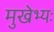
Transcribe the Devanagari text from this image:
मुखेभ्यः